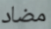
مضاد